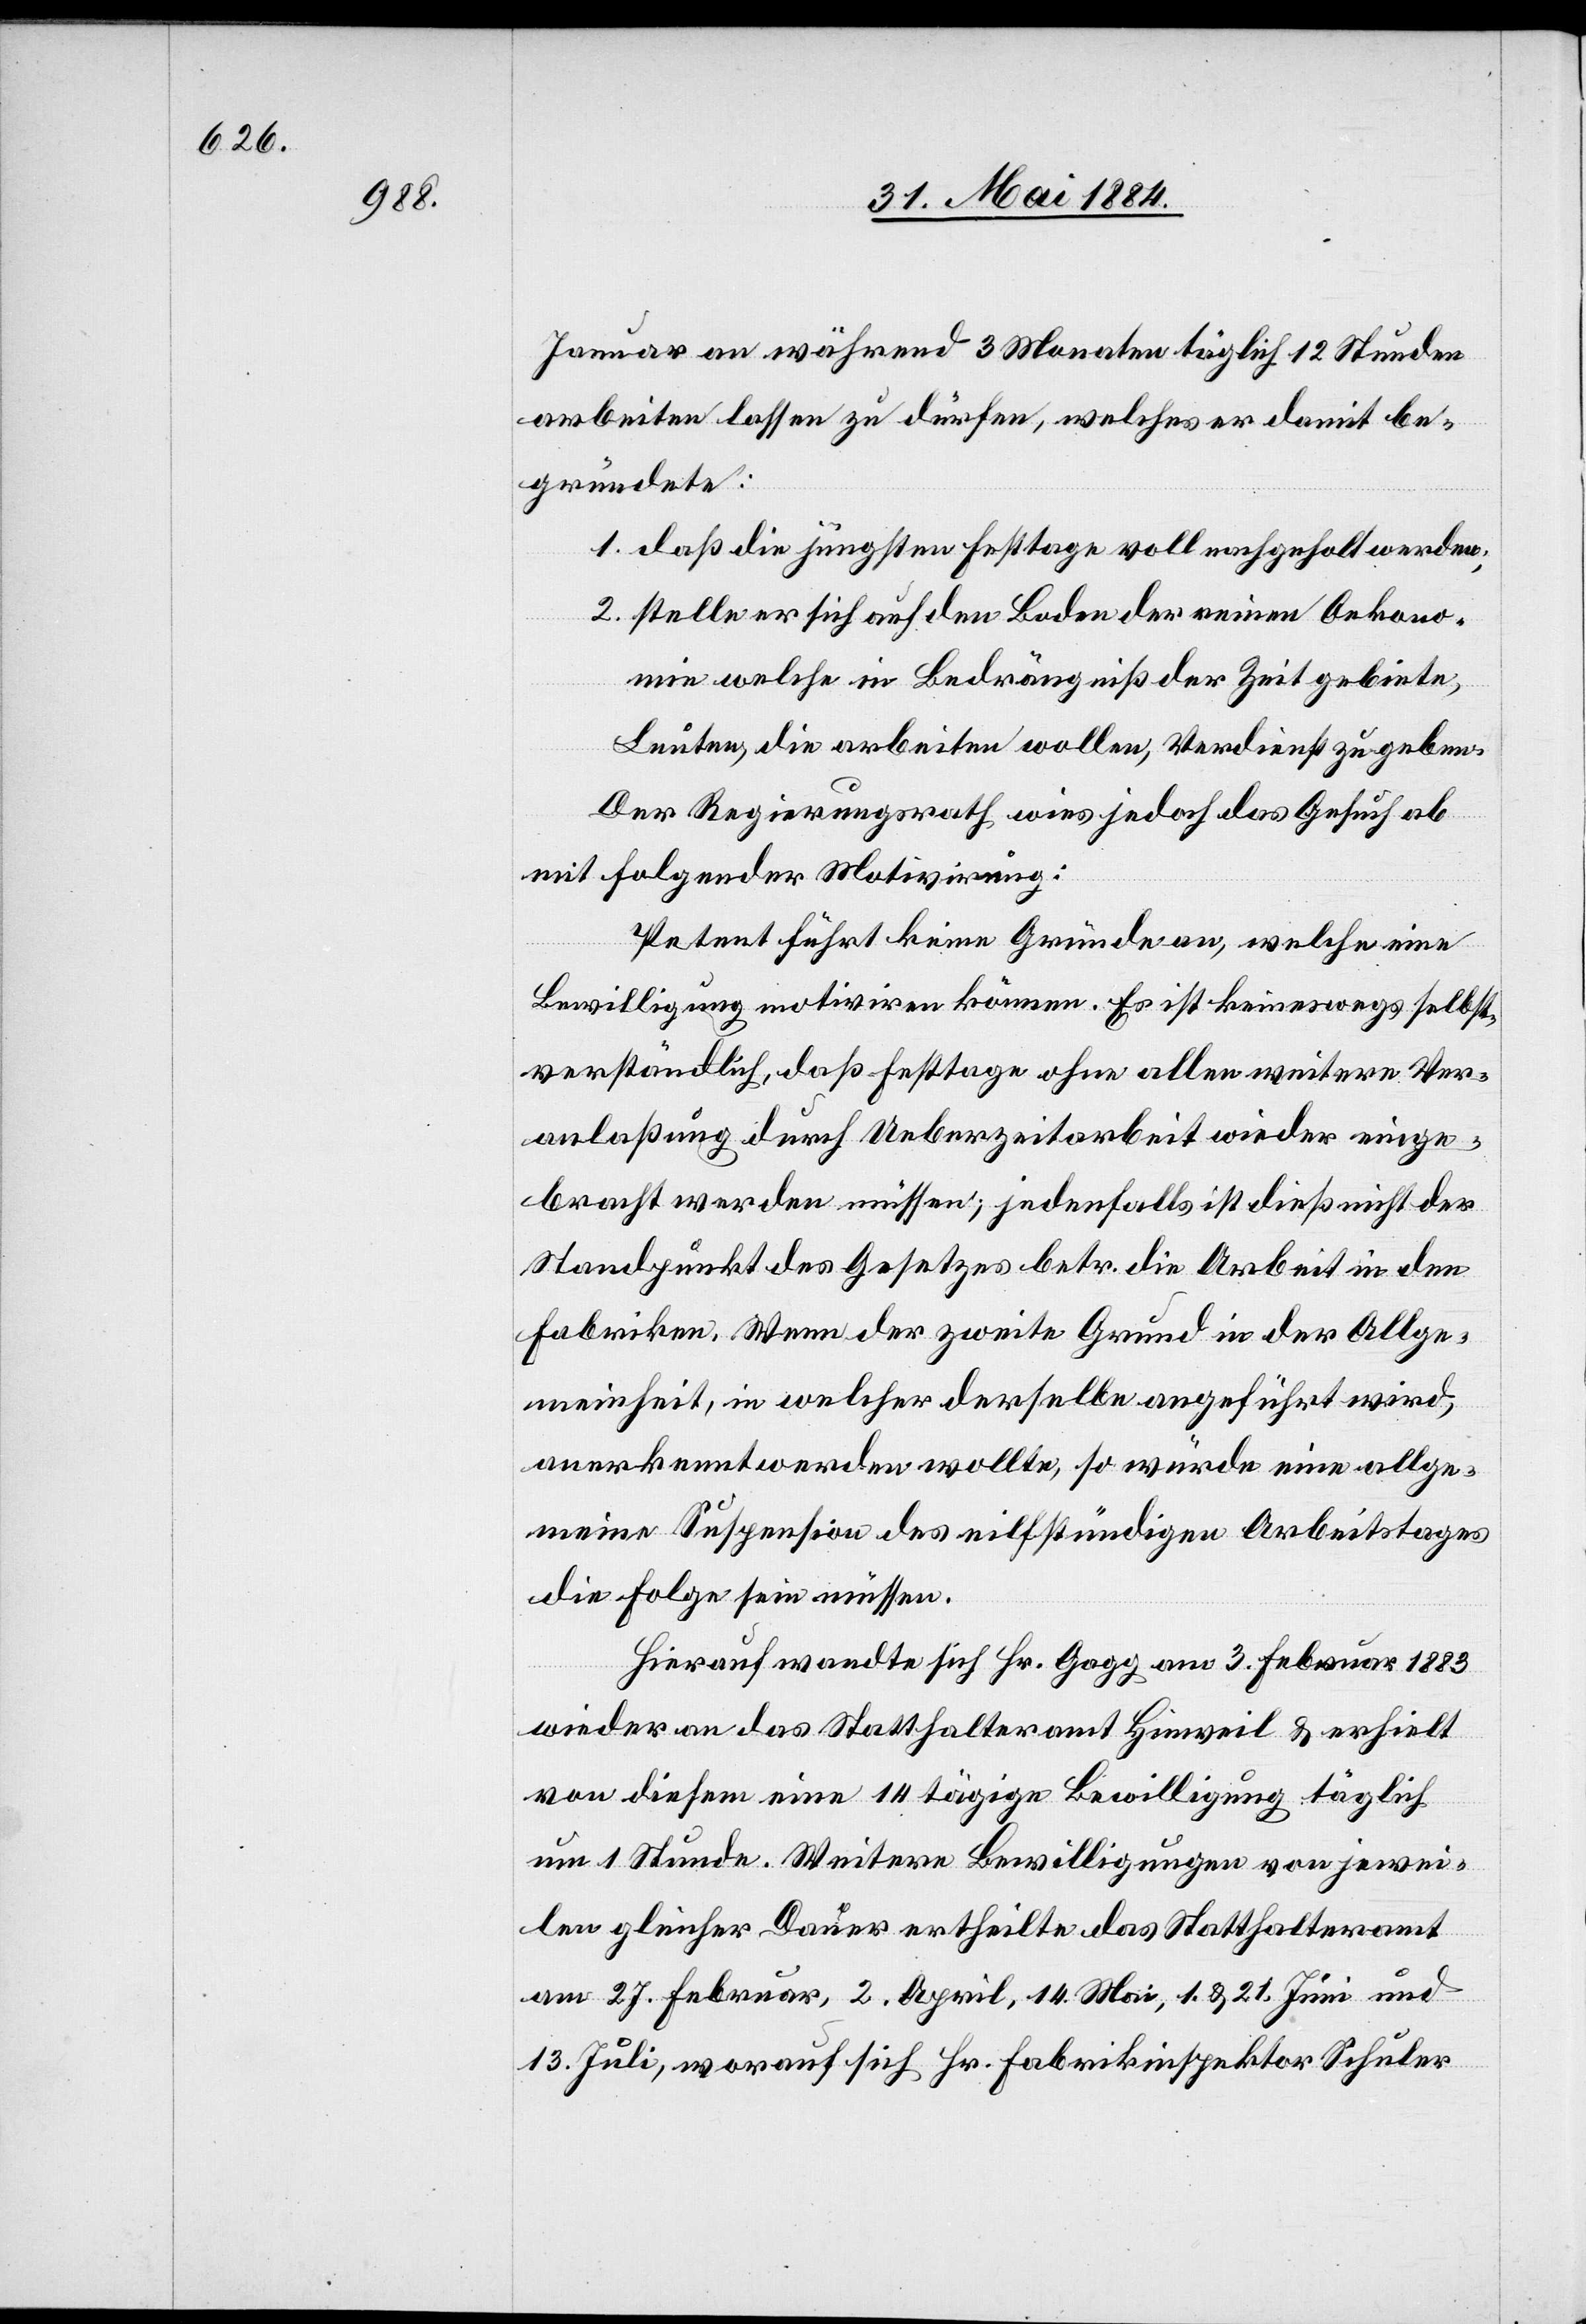
Januar an während 3 Monaten täglich 12 Stunden
arbeiten lassen zu dürfen, welches er damit be¬
gründete:
1. daß die jüngsten Festtage voll nachgeholt werden;
2. stelle er sich auf den Boden der reinen Oekono¬
mie welche in Bedrängniß der Zeit gebiete,
Leuten, die arbeiten wollen, Verdienst zu geben.
Der Regierungsrath wies jedoch das Gesuch ab
mit folgender Motivirung:
Petenten führt keine Gründe an, welche eine
Bewilligung motiviren können. Es ist keineswegs selbst¬
verständlich, daß Festtage ohne allen [sic!] weitere Ver¬
anlaßung durch Ueberzeitarbeit wieder einge¬
bracht werden müssen; jedenfalls ist dieß nicht der
Standpunkt des Gesetzes betr. die Arbeit in den
Fabriken. Wenn der zweite Grund in der Allge¬
meinheit, in welcher derselbe angeführt wird,
anerkannt werden wollte, so würde eine allge¬
meine Suspension des vielstündigen Arbeitstages
die Folge sein müssen.
Hierauf wandte sich Hr. Gagg am 3. Februar 1883
wieder an das Statthalteramt Hinweil & erhielt
von diesen eine 14tägige Bewilligung täglich
um 1 Stunde. Weitere Bewilligungen von jewei¬
len gleicher Dauer ertheilte das Statthalteramt
am 27. Februar, 2. April, 14. Mai, 1. & 2. Juni und
13. Juli, worauf sich Hr. Fabrikinspektor Schuler